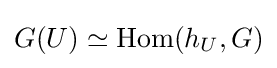
G(U)\simeq \operatorname {Hom} (h_{U},G)